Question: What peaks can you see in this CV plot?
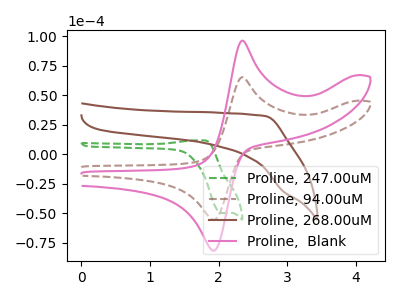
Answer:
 <answer>The green dashed curve "Proline, 247.00uM" has an anodic peak at (1.75V, 11.70uA) and a cathodic peak at (2.05V, -49.80uA). The brown dashed curve "Proline, 94.00uM" has an anodic peak at (2.35V, 65.30uA) and a cathodic peak at (1.90V, -55.35uA). The brown curve "Proline, 268.00uM" has no peaks. The pink curve "Proline,  Blank" has an anodic peak at (2.35V, 96.20uA) and a cathodic peak at (1.90V, -81.55uA).</answer>
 <eval></eval>